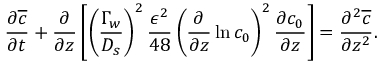
\frac { \partial \overline { { c } } } { \partial t } + \frac { \partial } { \partial z } \left[ \left( \frac { \Gamma _ { w } } { D _ { s } } \right) ^ { 2 } \frac { \epsilon ^ { 2 } } { 4 8 } \left( \frac { \partial } { \partial z } \ln c _ { 0 } \right) ^ { 2 } \frac { \partial c _ { 0 } } { \partial z } \right] = \frac { \partial ^ { 2 } \overline { { c } } } { \partial z ^ { 2 } } .